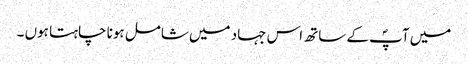
میں آپؐ کے ساتھ اس جہاد میں شامل ہونا چاہتا ہوں ۔